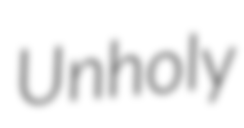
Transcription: Unholy